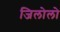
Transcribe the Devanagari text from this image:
जिलोलो